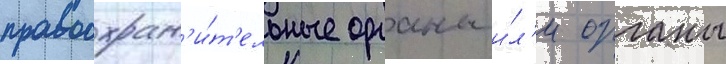
правоохран'и́т'ельные органы и́л'и органы